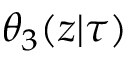
\theta _ { 3 } ( z | \tau )